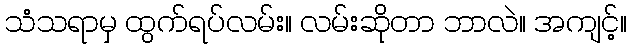
သံသရာမှ ထွက်ရပ်လမ်း။ လမ်းဆိုတာ ဘာလဲ။ အကျင့်။